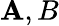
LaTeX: \mathbf{A},B